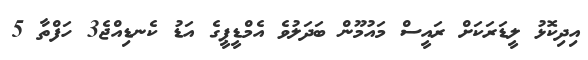
އިދިކޮޅު ލީޑަރަކަށް ރައީސް މައުމޫން ބަދަލުވެ އެމްޑީޕީގެ އަޑު ކެނޑިއްޖެ3 ހަފްތާ 5